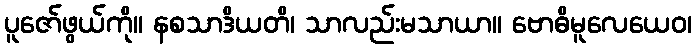
ပူဇော်ဖွယ်ကို။ နစသာဒိယတိ၊ သာလည်းမသာယာ။ ဗောဓိမူလေယေဝ၊